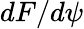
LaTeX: dF/d\psi